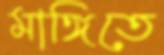
মাঙ্গিতে